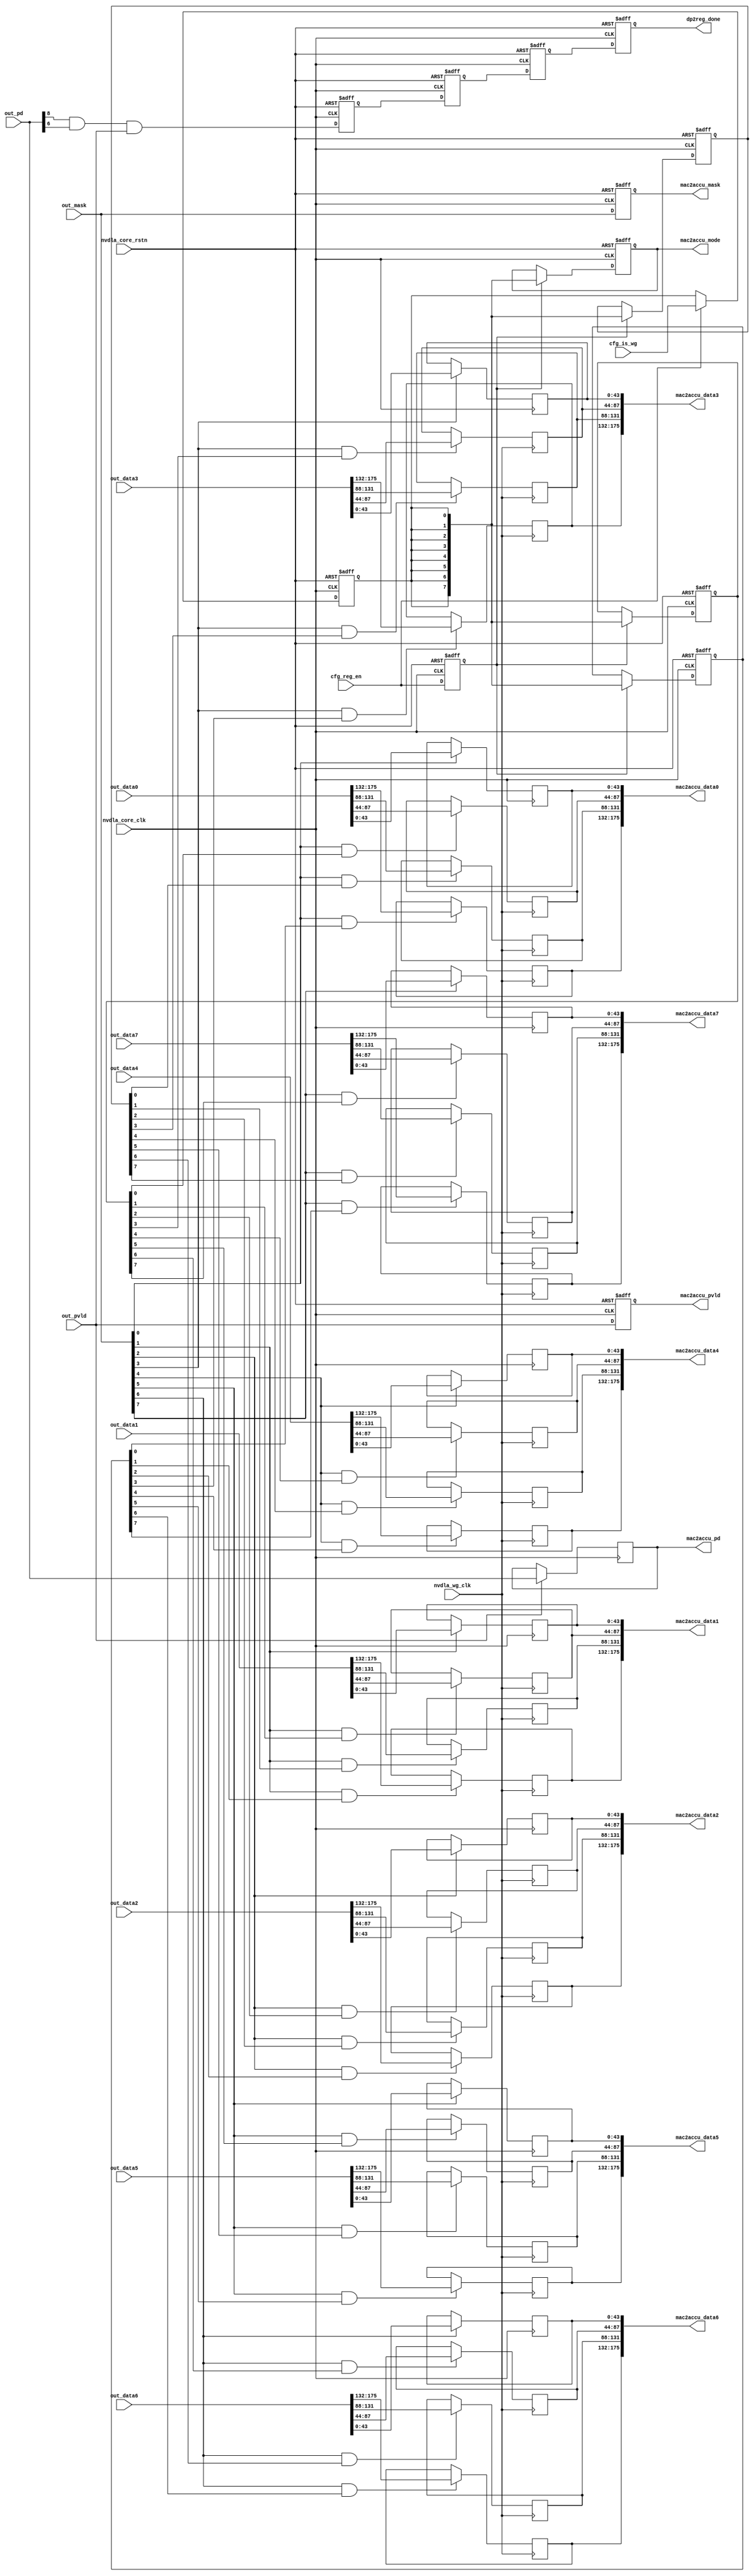
// ================================================================
// NVDLA Open Source Project
//
// Copyright(c) 2016 - 2017 NVIDIA Corporation. Licensed under the
// NVDLA Open Hardware License; Check "LICENSE" which comes with
// this distribution for more information.
// ================================================================
module NV_NVDLA_CMAC_CORE_rt_out (
   nvdla_core_clk
  ,nvdla_wg_clk
  ,nvdla_core_rstn
  ,cfg_is_wg
  ,cfg_reg_en
  ,out_data0
  ,out_data1
  ,out_data2
  ,out_data3
  ,out_data4
  ,out_data5
  ,out_data6
  ,out_data7
  ,out_mask
  ,out_pd
  ,out_pvld
  ,dp2reg_done
  ,mac2accu_data0
  ,mac2accu_data1
  ,mac2accu_data2
  ,mac2accu_data3
  ,mac2accu_data4
  ,mac2accu_data5
  ,mac2accu_data6
  ,mac2accu_data7
  ,mac2accu_mask
  ,mac2accu_mode
  ,mac2accu_pd
  ,mac2accu_pvld
  );
input nvdla_core_clk;
input nvdla_wg_clk;
input nvdla_core_rstn;
input cfg_is_wg;
input cfg_reg_en;
input [175:0] out_data0;
input [175:0] out_data1;
input [175:0] out_data2;
input [175:0] out_data3;
input [175:0] out_data4;
input [175:0] out_data5;
input [175:0] out_data6;
input [175:0] out_data7;
input [7:0] out_mask;
input [8:0] out_pd;
input out_pvld;
output dp2reg_done;
output [175:0] mac2accu_data0;
output [175:0] mac2accu_data1;
output [175:0] mac2accu_data2;
output [175:0] mac2accu_data3;
output [175:0] mac2accu_data4;
output [175:0] mac2accu_data5;
output [175:0] mac2accu_data6;
output [175:0] mac2accu_data7;
output [7:0] mac2accu_mask;
output [7:0] mac2accu_mode;
output [8:0] mac2accu_pd;
output mac2accu_pvld;
wire [7:0] out_dat_en_0;
wire out_rt_done_d0;
reg cfg_is_wg_d1;
reg cfg_reg_en_d1;
reg [175:0] mac2accu_data0;
reg [175:0] mac2accu_data1;
reg [175:0] mac2accu_data2;
reg [175:0] mac2accu_data3;
reg [175:0] mac2accu_data4;
reg [175:0] mac2accu_data5;
reg [175:0] mac2accu_data6;
reg [175:0] mac2accu_data7;
reg [7:0] mac2accu_mask;
reg [7:0] mac2accu_mode;
reg [8:0] mac2accu_pd;
reg mac2accu_pvld;
reg [7:0] out_dat_en_1;
reg [7:0] out_dat_en_2;
reg [7:0] out_dat_en_3;
reg out_layer_done;
reg [175:0] out_rt_data0_d0;
reg [175:0] out_rt_data0_d1;
reg [175:0] out_rt_data1_d0;
reg [175:0] out_rt_data1_d1;
reg [175:0] out_rt_data2_d0;
reg [175:0] out_rt_data2_d1;
reg [175:0] out_rt_data3_d0;
reg [175:0] out_rt_data3_d1;
reg [175:0] out_rt_data4_d0;
reg [175:0] out_rt_data4_d1;
reg [175:0] out_rt_data5_d0;
reg [175:0] out_rt_data5_d1;
reg [175:0] out_rt_data6_d0;
reg [175:0] out_rt_data6_d1;
reg [175:0] out_rt_data7_d0;
reg [175:0] out_rt_data7_d1;
reg out_rt_done_d1;
reg out_rt_done_d2;
reg out_rt_done_d3;
reg out_rt_done_d4;
reg [7:0] out_rt_mask_d0;
reg [7:0] out_rt_mask_d1;
reg [8:0] out_rt_pd_d0;
reg [8:0] out_rt_pd_d1;
reg out_rt_pvld_d0;
reg out_rt_pvld_d1;
// synoff nets
// monitor nets
// debug nets
// tie high nets
// tie low nets
// no connect nets
// not all bits used nets
// todo nets
//==========================================================
// Config logic
//==========================================================
always @(posedge nvdla_core_clk or negedge nvdla_core_rstn) begin
  if (!nvdla_core_rstn) begin
    cfg_reg_en_d1 <= 1'b0;
  end else begin
  cfg_reg_en_d1 <= cfg_reg_en;
  end
end
always @(posedge nvdla_core_clk or negedge nvdla_core_rstn) begin
  if (!nvdla_core_rstn) begin
    cfg_is_wg_d1 <= 1'b0;
  end else begin
  if ((cfg_reg_en) == 1'b1) begin
    cfg_is_wg_d1 <= cfg_is_wg;
// VCS coverage off
  end else if ((cfg_reg_en) == 1'b0) begin
  end else begin
    cfg_is_wg_d1 <= 'bx; // spyglass disable STARC-2.10.1.6 W443 NoWidthInBasedNum-ML -- (Constant containing x or z used, Based number `bx contains an X, Width specification missing for based number)
// VCS coverage on
  end
  end
end
`ifdef SPYGLASS_ASSERT_ON
`else
// spyglass disable_block NoWidthInBasedNum-ML
// spyglass disable_block STARC-2.10.3.2a
// spyglass disable_block STARC05-2.1.3.1
// spyglass disable_block STARC-2.1.4.6
// spyglass disable_block W116
// spyglass disable_block W154
// spyglass disable_block W239
// spyglass disable_block W362
// spyglass disable_block WRN_58
// spyglass disable_block WRN_61
`endif // SPYGLASS_ASSERT_ON
`ifdef ASSERT_ON
`ifdef FV_ASSERT_ON
`define ASSERT_RESET nvdla_core_rstn
`else
`ifdef SYNTHESIS
`define ASSERT_RESET nvdla_core_rstn
`else
`ifdef ASSERT_OFF_RESET_IS_X
`define ASSERT_RESET ((1'bx === nvdla_core_rstn) ? 1'b0 : nvdla_core_rstn)
`else
`define ASSERT_RESET ((1'bx === nvdla_core_rstn) ? 1'b1 : nvdla_core_rstn)
`endif // ASSERT_OFF_RESET_IS_X
`endif // SYNTHESIS
`endif // FV_ASSERT_ON
`ifndef SYNTHESIS
// VCS coverage off
  nv_assert_no_x #(0,1,0,"No X's allowed on control signals") zzz_assert_no_x_1x (nvdla_core_clk, `ASSERT_RESET, 1'd1, (^(cfg_reg_en))); // spyglass disable W504 SelfDeterminedExpr-ML 
// VCS coverage on
`endif
`undef ASSERT_RESET
`endif // ASSERT_ON
`ifdef SPYGLASS_ASSERT_ON
`else
// spyglass enable_block NoWidthInBasedNum-ML
// spyglass enable_block STARC-2.10.3.2a
// spyglass enable_block STARC05-2.1.3.1
// spyglass enable_block STARC-2.1.4.6
// spyglass enable_block W116
// spyglass enable_block W154
// spyglass enable_block W239
// spyglass enable_block W362
// spyglass enable_block WRN_58
// spyglass enable_block WRN_61
`endif // SPYGLASS_ASSERT_ON
assign out_dat_en_0 = {16 /2 {1'b1}};
always @(posedge nvdla_core_clk or negedge nvdla_core_rstn) begin
  if (!nvdla_core_rstn) begin
    out_dat_en_1 <= {8{1'b0}};
  end else begin
  if ((cfg_reg_en_d1) == 1'b1) begin
    out_dat_en_1 <= {8{cfg_is_wg_d1}};
// VCS coverage off
  end else if ((cfg_reg_en_d1) == 1'b0) begin
  end else begin
    out_dat_en_1 <= 'bx; // spyglass disable STARC-2.10.1.6 W443 NoWidthInBasedNum-ML -- (Constant containing x or z used, Based number `bx contains an X, Width specification missing for based number)
// VCS coverage on
  end
  end
end
`ifdef SPYGLASS_ASSERT_ON
`else
// spyglass disable_block NoWidthInBasedNum-ML
// spyglass disable_block STARC-2.10.3.2a
// spyglass disable_block STARC05-2.1.3.1
// spyglass disable_block STARC-2.1.4.6
// spyglass disable_block W116
// spyglass disable_block W154
// spyglass disable_block W239
// spyglass disable_block W362
// spyglass disable_block WRN_58
// spyglass disable_block WRN_61
`endif // SPYGLASS_ASSERT_ON
`ifdef ASSERT_ON
`ifdef FV_ASSERT_ON
`define ASSERT_RESET nvdla_core_rstn
`else
`ifdef SYNTHESIS
`define ASSERT_RESET nvdla_core_rstn
`else
`ifdef ASSERT_OFF_RESET_IS_X
`define ASSERT_RESET ((1'bx === nvdla_core_rstn) ? 1'b0 : nvdla_core_rstn)
`else
`define ASSERT_RESET ((1'bx === nvdla_core_rstn) ? 1'b1 : nvdla_core_rstn)
`endif // ASSERT_OFF_RESET_IS_X
`endif // SYNTHESIS
`endif // FV_ASSERT_ON
`ifndef SYNTHESIS
// VCS coverage off
  nv_assert_no_x #(0,1,0,"No X's allowed on control signals") zzz_assert_no_x_2x (nvdla_core_clk, `ASSERT_RESET, 1'd1, (^(cfg_reg_en_d1))); // spyglass disable W504 SelfDeterminedExpr-ML 
// VCS coverage on
`endif
`undef ASSERT_RESET
`endif // ASSERT_ON
`ifdef SPYGLASS_ASSERT_ON
`else
// spyglass enable_block NoWidthInBasedNum-ML
// spyglass enable_block STARC-2.10.3.2a
// spyglass enable_block STARC05-2.1.3.1
// spyglass enable_block STARC-2.1.4.6
// spyglass enable_block W116
// spyglass enable_block W154
// spyglass enable_block W239
// spyglass enable_block W362
// spyglass enable_block WRN_58
// spyglass enable_block WRN_61
`endif // SPYGLASS_ASSERT_ON
always @(posedge nvdla_core_clk or negedge nvdla_core_rstn) begin
  if (!nvdla_core_rstn) begin
    out_dat_en_2 <= {8{1'b0}};
  end else begin
  if ((cfg_reg_en_d1) == 1'b1) begin
    out_dat_en_2 <= {8{cfg_is_wg_d1}};
// VCS coverage off
  end else if ((cfg_reg_en_d1) == 1'b0) begin
  end else begin
    out_dat_en_2 <= 'bx; // spyglass disable STARC-2.10.1.6 W443 NoWidthInBasedNum-ML -- (Constant containing x or z used, Based number `bx contains an X, Width specification missing for based number)
// VCS coverage on
  end
  end
end
`ifdef SPYGLASS_ASSERT_ON
`else
// spyglass disable_block NoWidthInBasedNum-ML
// spyglass disable_block STARC-2.10.3.2a
// spyglass disable_block STARC05-2.1.3.1
// spyglass disable_block STARC-2.1.4.6
// spyglass disable_block W116
// spyglass disable_block W154
// spyglass disable_block W239
// spyglass disable_block W362
// spyglass disable_block WRN_58
// spyglass disable_block WRN_61
`endif // SPYGLASS_ASSERT_ON
`ifdef ASSERT_ON
`ifdef FV_ASSERT_ON
`define ASSERT_RESET nvdla_core_rstn
`else
`ifdef SYNTHESIS
`define ASSERT_RESET nvdla_core_rstn
`else
`ifdef ASSERT_OFF_RESET_IS_X
`define ASSERT_RESET ((1'bx === nvdla_core_rstn) ? 1'b0 : nvdla_core_rstn)
`else
`define ASSERT_RESET ((1'bx === nvdla_core_rstn) ? 1'b1 : nvdla_core_rstn)
`endif // ASSERT_OFF_RESET_IS_X
`endif // SYNTHESIS
`endif // FV_ASSERT_ON
`ifndef SYNTHESIS
// VCS coverage off
  nv_assert_no_x #(0,1,0,"No X's allowed on control signals") zzz_assert_no_x_3x (nvdla_core_clk, `ASSERT_RESET, 1'd1, (^(cfg_reg_en_d1))); // spyglass disable W504 SelfDeterminedExpr-ML 
// VCS coverage on
`endif
`undef ASSERT_RESET
`endif // ASSERT_ON
`ifdef SPYGLASS_ASSERT_ON
`else
// spyglass enable_block NoWidthInBasedNum-ML
// spyglass enable_block STARC-2.10.3.2a
// spyglass enable_block STARC05-2.1.3.1
// spyglass enable_block STARC-2.1.4.6
// spyglass enable_block W116
// spyglass enable_block W154
// spyglass enable_block W239
// spyglass enable_block W362
// spyglass enable_block WRN_58
// spyglass enable_block WRN_61
`endif // SPYGLASS_ASSERT_ON
always @(posedge nvdla_core_clk or negedge nvdla_core_rstn) begin
  if (!nvdla_core_rstn) begin
    out_dat_en_3 <= {8{1'b0}};
  end else begin
  if ((cfg_reg_en_d1) == 1'b1) begin
    out_dat_en_3 <= {8{cfg_is_wg_d1}};
// VCS coverage off
  end else if ((cfg_reg_en_d1) == 1'b0) begin
  end else begin
    out_dat_en_3 <= 'bx; // spyglass disable STARC-2.10.1.6 W443 NoWidthInBasedNum-ML -- (Constant containing x or z used, Based number `bx contains an X, Width specification missing for based number)
// VCS coverage on
  end
  end
end
`ifdef SPYGLASS_ASSERT_ON
`else
// spyglass disable_block NoWidthInBasedNum-ML
// spyglass disable_block STARC-2.10.3.2a
// spyglass disable_block STARC05-2.1.3.1
// spyglass disable_block STARC-2.1.4.6
// spyglass disable_block W116
// spyglass disable_block W154
// spyglass disable_block W239
// spyglass disable_block W362
// spyglass disable_block WRN_58
// spyglass disable_block WRN_61
`endif // SPYGLASS_ASSERT_ON
`ifdef ASSERT_ON
`ifdef FV_ASSERT_ON
`define ASSERT_RESET nvdla_core_rstn
`else
`ifdef SYNTHESIS
`define ASSERT_RESET nvdla_core_rstn
`else
`ifdef ASSERT_OFF_RESET_IS_X
`define ASSERT_RESET ((1'bx === nvdla_core_rstn) ? 1'b0 : nvdla_core_rstn)
`else
`define ASSERT_RESET ((1'bx === nvdla_core_rstn) ? 1'b1 : nvdla_core_rstn)
`endif // ASSERT_OFF_RESET_IS_X
`endif // SYNTHESIS
`endif // FV_ASSERT_ON
`ifndef SYNTHESIS
// VCS coverage off
  nv_assert_no_x #(0,1,0,"No X's allowed on control signals") zzz_assert_no_x_4x (nvdla_core_clk, `ASSERT_RESET, 1'd1, (^(cfg_reg_en_d1))); // spyglass disable W504 SelfDeterminedExpr-ML 
// VCS coverage on
`endif
`undef ASSERT_RESET
`endif // ASSERT_ON
`ifdef SPYGLASS_ASSERT_ON
`else
// spyglass enable_block NoWidthInBasedNum-ML
// spyglass enable_block STARC-2.10.3.2a
// spyglass enable_block STARC05-2.1.3.1
// spyglass enable_block STARC-2.1.4.6
// spyglass enable_block W116
// spyglass enable_block W154
// spyglass enable_block W239
// spyglass enable_block W362
// spyglass enable_block WRN_58
// spyglass enable_block WRN_61
`endif // SPYGLASS_ASSERT_ON
//==========================================================
// Output retiming
//==========================================================
always @(
  out_pd
  or out_pvld
  ) begin
    out_layer_done = out_pd[8:8] &
                     out_pd[6:6] &
                     out_pvld;
end
always @(
  out_pvld
  or out_mask
  or out_pd
  ) begin
    out_rt_pvld_d0 = out_pvld;
    out_rt_mask_d0 = out_mask;
    out_rt_pd_d0 = out_pd;
end
always @(
  out_data0
  or out_data1
  or out_data2
  or out_data3
  or out_data4
  or out_data5
  or out_data6
  or out_data7
  ) begin
    out_rt_data0_d0 = out_data0;
    out_rt_data1_d0 = out_data1;
    out_rt_data2_d0 = out_data2;
    out_rt_data3_d0 = out_data3;
    out_rt_data4_d0 = out_data4;
    out_rt_data5_d0 = out_data5;
    out_rt_data6_d0 = out_data6;
    out_rt_data7_d0 = out_data7;
end
always @(posedge nvdla_core_clk or negedge nvdla_core_rstn) begin
  if (!nvdla_core_rstn) begin
    out_rt_pvld_d1 <= 1'b0;
  end else begin
  out_rt_pvld_d1 <= out_rt_pvld_d0;
  end
end
always @(posedge nvdla_core_clk or negedge nvdla_core_rstn) begin
  if (!nvdla_core_rstn) begin
    out_rt_mask_d1 <= {8{1'b0}};
  end else begin
  out_rt_mask_d1 <= out_rt_mask_d0;
  end
end
always @(posedge nvdla_core_clk) begin
  if ((out_rt_pvld_d0) == 1'b1) begin
    out_rt_pd_d1 <= out_rt_pd_d0;
// VCS coverage off
  end else if ((out_rt_pvld_d0) == 1'b0) begin
  end else begin
    out_rt_pd_d1 <= 'bx; // spyglass disable STARC-2.10.1.6 W443 NoWidthInBasedNum-ML -- (Constant containing x or z used, Based number `bx contains an X, Width specification missing for based number)
// VCS coverage on
  end
end
always @(posedge nvdla_core_clk) begin
  if ((out_rt_mask_d0[0] & out_dat_en_0[0]) == 1'b1) begin
    out_rt_data0_d1[43:0] <= out_rt_data0_d0[43:0];
// VCS coverage off
  end else if ((out_rt_mask_d0[0] & out_dat_en_0[0]) == 1'b0) begin
  end else begin
    out_rt_data0_d1[43:0] <= 'bx; // spyglass disable STARC-2.10.1.6 W443 NoWidthInBasedNum-ML -- (Constant containing x or z used, Based number `bx contains an X, Width specification missing for based number)
// VCS coverage on
  end
end
always @(posedge nvdla_wg_clk) begin
  if ((out_rt_mask_d0[0] & out_dat_en_1[0]) == 1'b1) begin
    out_rt_data0_d1[87:44] <= out_rt_data0_d0[87:44];
// VCS coverage off
  end else if ((out_rt_mask_d0[0] & out_dat_en_1[0]) == 1'b0) begin
  end else begin
    out_rt_data0_d1[87:44] <= 'bx; // spyglass disable STARC-2.10.1.6 W443 NoWidthInBasedNum-ML -- (Constant containing x or z used, Based number `bx contains an X, Width specification missing for based number)
// VCS coverage on
  end
end
always @(posedge nvdla_wg_clk) begin
  if ((out_rt_mask_d0[0] & out_dat_en_2[0]) == 1'b1) begin
    out_rt_data0_d1[131:88] <= out_rt_data0_d0[131:88];
// VCS coverage off
  end else if ((out_rt_mask_d0[0] & out_dat_en_2[0]) == 1'b0) begin
  end else begin
    out_rt_data0_d1[131:88] <= 'bx; // spyglass disable STARC-2.10.1.6 W443 NoWidthInBasedNum-ML -- (Constant containing x or z used, Based number `bx contains an X, Width specification missing for based number)
// VCS coverage on
  end
end
always @(posedge nvdla_wg_clk) begin
  if ((out_rt_mask_d0[0] & out_dat_en_3[0]) == 1'b1) begin
    out_rt_data0_d1[175:132] <= out_rt_data0_d0[175:132];
// VCS coverage off
  end else if ((out_rt_mask_d0[0] & out_dat_en_3[0]) == 1'b0) begin
  end else begin
    out_rt_data0_d1[175:132] <= 'bx; // spyglass disable STARC-2.10.1.6 W443 NoWidthInBasedNum-ML -- (Constant containing x or z used, Based number `bx contains an X, Width specification missing for based number)
// VCS coverage on
  end
end
always @(posedge nvdla_core_clk) begin
  if ((out_rt_mask_d0[1] & out_dat_en_0[1]) == 1'b1) begin
    out_rt_data1_d1[43:0] <= out_rt_data1_d0[43:0];
// VCS coverage off
  end else if ((out_rt_mask_d0[1] & out_dat_en_0[1]) == 1'b0) begin
  end else begin
    out_rt_data1_d1[43:0] <= 'bx; // spyglass disable STARC-2.10.1.6 W443 NoWidthInBasedNum-ML -- (Constant containing x or z used, Based number `bx contains an X, Width specification missing for based number)
// VCS coverage on
  end
end
always @(posedge nvdla_wg_clk) begin
  if ((out_rt_mask_d0[1] & out_dat_en_1[1]) == 1'b1) begin
    out_rt_data1_d1[87:44] <= out_rt_data1_d0[87:44];
// VCS coverage off
  end else if ((out_rt_mask_d0[1] & out_dat_en_1[1]) == 1'b0) begin
  end else begin
    out_rt_data1_d1[87:44] <= 'bx; // spyglass disable STARC-2.10.1.6 W443 NoWidthInBasedNum-ML -- (Constant containing x or z used, Based number `bx contains an X, Width specification missing for based number)
// VCS coverage on
  end
end
always @(posedge nvdla_wg_clk) begin
  if ((out_rt_mask_d0[1] & out_dat_en_2[1]) == 1'b1) begin
    out_rt_data1_d1[131:88] <= out_rt_data1_d0[131:88];
// VCS coverage off
  end else if ((out_rt_mask_d0[1] & out_dat_en_2[1]) == 1'b0) begin
  end else begin
    out_rt_data1_d1[131:88] <= 'bx; // spyglass disable STARC-2.10.1.6 W443 NoWidthInBasedNum-ML -- (Constant containing x or z used, Based number `bx contains an X, Width specification missing for based number)
// VCS coverage on
  end
end
always @(posedge nvdla_wg_clk) begin
  if ((out_rt_mask_d0[1] & out_dat_en_3[1]) == 1'b1) begin
    out_rt_data1_d1[175:132] <= out_rt_data1_d0[175:132];
// VCS coverage off
  end else if ((out_rt_mask_d0[1] & out_dat_en_3[1]) == 1'b0) begin
  end else begin
    out_rt_data1_d1[175:132] <= 'bx; // spyglass disable STARC-2.10.1.6 W443 NoWidthInBasedNum-ML -- (Constant containing x or z used, Based number `bx contains an X, Width specification missing for based number)
// VCS coverage on
  end
end
always @(posedge nvdla_core_clk) begin
  if ((out_rt_mask_d0[2] & out_dat_en_0[2]) == 1'b1) begin
    out_rt_data2_d1[43:0] <= out_rt_data2_d0[43:0];
// VCS coverage off
  end else if ((out_rt_mask_d0[2] & out_dat_en_0[2]) == 1'b0) begin
  end else begin
    out_rt_data2_d1[43:0] <= 'bx; // spyglass disable STARC-2.10.1.6 W443 NoWidthInBasedNum-ML -- (Constant containing x or z used, Based number `bx contains an X, Width specification missing for based number)
// VCS coverage on
  end
end
always @(posedge nvdla_wg_clk) begin
  if ((out_rt_mask_d0[2] & out_dat_en_1[2]) == 1'b1) begin
    out_rt_data2_d1[87:44] <= out_rt_data2_d0[87:44];
// VCS coverage off
  end else if ((out_rt_mask_d0[2] & out_dat_en_1[2]) == 1'b0) begin
  end else begin
    out_rt_data2_d1[87:44] <= 'bx; // spyglass disable STARC-2.10.1.6 W443 NoWidthInBasedNum-ML -- (Constant containing x or z used, Based number `bx contains an X, Width specification missing for based number)
// VCS coverage on
  end
end
always @(posedge nvdla_wg_clk) begin
  if ((out_rt_mask_d0[2] & out_dat_en_2[2]) == 1'b1) begin
    out_rt_data2_d1[131:88] <= out_rt_data2_d0[131:88];
// VCS coverage off
  end else if ((out_rt_mask_d0[2] & out_dat_en_2[2]) == 1'b0) begin
  end else begin
    out_rt_data2_d1[131:88] <= 'bx; // spyglass disable STARC-2.10.1.6 W443 NoWidthInBasedNum-ML -- (Constant containing x or z used, Based number `bx contains an X, Width specification missing for based number)
// VCS coverage on
  end
end
always @(posedge nvdla_wg_clk) begin
  if ((out_rt_mask_d0[2] & out_dat_en_3[2]) == 1'b1) begin
    out_rt_data2_d1[175:132] <= out_rt_data2_d0[175:132];
// VCS coverage off
  end else if ((out_rt_mask_d0[2] & out_dat_en_3[2]) == 1'b0) begin
  end else begin
    out_rt_data2_d1[175:132] <= 'bx; // spyglass disable STARC-2.10.1.6 W443 NoWidthInBasedNum-ML -- (Constant containing x or z used, Based number `bx contains an X, Width specification missing for based number)
// VCS coverage on
  end
end
always @(posedge nvdla_core_clk) begin
  if ((out_rt_mask_d0[3] & out_dat_en_0[3]) == 1'b1) begin
    out_rt_data3_d1[43:0] <= out_rt_data3_d0[43:0];
// VCS coverage off
  end else if ((out_rt_mask_d0[3] & out_dat_en_0[3]) == 1'b0) begin
  end else begin
    out_rt_data3_d1[43:0] <= 'bx; // spyglass disable STARC-2.10.1.6 W443 NoWidthInBasedNum-ML -- (Constant containing x or z used, Based number `bx contains an X, Width specification missing for based number)
// VCS coverage on
  end
end
always @(posedge nvdla_wg_clk) begin
  if ((out_rt_mask_d0[3] & out_dat_en_1[3]) == 1'b1) begin
    out_rt_data3_d1[87:44] <= out_rt_data3_d0[87:44];
// VCS coverage off
  end else if ((out_rt_mask_d0[3] & out_dat_en_1[3]) == 1'b0) begin
  end else begin
    out_rt_data3_d1[87:44] <= 'bx; // spyglass disable STARC-2.10.1.6 W443 NoWidthInBasedNum-ML -- (Constant containing x or z used, Based number `bx contains an X, Width specification missing for based number)
// VCS coverage on
  end
end
always @(posedge nvdla_wg_clk) begin
  if ((out_rt_mask_d0[3] & out_dat_en_2[3]) == 1'b1) begin
    out_rt_data3_d1[131:88] <= out_rt_data3_d0[131:88];
// VCS coverage off
  end else if ((out_rt_mask_d0[3] & out_dat_en_2[3]) == 1'b0) begin
  end else begin
    out_rt_data3_d1[131:88] <= 'bx; // spyglass disable STARC-2.10.1.6 W443 NoWidthInBasedNum-ML -- (Constant containing x or z used, Based number `bx contains an X, Width specification missing for based number)
// VCS coverage on
  end
end
always @(posedge nvdla_wg_clk) begin
  if ((out_rt_mask_d0[3] & out_dat_en_3[3]) == 1'b1) begin
    out_rt_data3_d1[175:132] <= out_rt_data3_d0[175:132];
// VCS coverage off
  end else if ((out_rt_mask_d0[3] & out_dat_en_3[3]) == 1'b0) begin
  end else begin
    out_rt_data3_d1[175:132] <= 'bx; // spyglass disable STARC-2.10.1.6 W443 NoWidthInBasedNum-ML -- (Constant containing x or z used, Based number `bx contains an X, Width specification missing for based number)
// VCS coverage on
  end
end
always @(posedge nvdla_core_clk) begin
  if ((out_rt_mask_d0[4] & out_dat_en_0[4]) == 1'b1) begin
    out_rt_data4_d1[43:0] <= out_rt_data4_d0[43:0];
// VCS coverage off
  end else if ((out_rt_mask_d0[4] & out_dat_en_0[4]) == 1'b0) begin
  end else begin
    out_rt_data4_d1[43:0] <= 'bx; // spyglass disable STARC-2.10.1.6 W443 NoWidthInBasedNum-ML -- (Constant containing x or z used, Based number `bx contains an X, Width specification missing for based number)
// VCS coverage on
  end
end
always @(posedge nvdla_wg_clk) begin
  if ((out_rt_mask_d0[4] & out_dat_en_1[4]) == 1'b1) begin
    out_rt_data4_d1[87:44] <= out_rt_data4_d0[87:44];
// VCS coverage off
  end else if ((out_rt_mask_d0[4] & out_dat_en_1[4]) == 1'b0) begin
  end else begin
    out_rt_data4_d1[87:44] <= 'bx; // spyglass disable STARC-2.10.1.6 W443 NoWidthInBasedNum-ML -- (Constant containing x or z used, Based number `bx contains an X, Width specification missing for based number)
// VCS coverage on
  end
end
always @(posedge nvdla_wg_clk) begin
  if ((out_rt_mask_d0[4] & out_dat_en_2[4]) == 1'b1) begin
    out_rt_data4_d1[131:88] <= out_rt_data4_d0[131:88];
// VCS coverage off
  end else if ((out_rt_mask_d0[4] & out_dat_en_2[4]) == 1'b0) begin
  end else begin
    out_rt_data4_d1[131:88] <= 'bx; // spyglass disable STARC-2.10.1.6 W443 NoWidthInBasedNum-ML -- (Constant containing x or z used, Based number `bx contains an X, Width specification missing for based number)
// VCS coverage on
  end
end
always @(posedge nvdla_wg_clk) begin
  if ((out_rt_mask_d0[4] & out_dat_en_3[4]) == 1'b1) begin
    out_rt_data4_d1[175:132] <= out_rt_data4_d0[175:132];
// VCS coverage off
  end else if ((out_rt_mask_d0[4] & out_dat_en_3[4]) == 1'b0) begin
  end else begin
    out_rt_data4_d1[175:132] <= 'bx; // spyglass disable STARC-2.10.1.6 W443 NoWidthInBasedNum-ML -- (Constant containing x or z used, Based number `bx contains an X, Width specification missing for based number)
// VCS coverage on
  end
end
always @(posedge nvdla_core_clk) begin
  if ((out_rt_mask_d0[5] & out_dat_en_0[5]) == 1'b1) begin
    out_rt_data5_d1[43:0] <= out_rt_data5_d0[43:0];
// VCS coverage off
  end else if ((out_rt_mask_d0[5] & out_dat_en_0[5]) == 1'b0) begin
  end else begin
    out_rt_data5_d1[43:0] <= 'bx; // spyglass disable STARC-2.10.1.6 W443 NoWidthInBasedNum-ML -- (Constant containing x or z used, Based number `bx contains an X, Width specification missing for based number)
// VCS coverage on
  end
end
always @(posedge nvdla_wg_clk) begin
  if ((out_rt_mask_d0[5] & out_dat_en_1[5]) == 1'b1) begin
    out_rt_data5_d1[87:44] <= out_rt_data5_d0[87:44];
// VCS coverage off
  end else if ((out_rt_mask_d0[5] & out_dat_en_1[5]) == 1'b0) begin
  end else begin
    out_rt_data5_d1[87:44] <= 'bx; // spyglass disable STARC-2.10.1.6 W443 NoWidthInBasedNum-ML -- (Constant containing x or z used, Based number `bx contains an X, Width specification missing for based number)
// VCS coverage on
  end
end
always @(posedge nvdla_wg_clk) begin
  if ((out_rt_mask_d0[5] & out_dat_en_2[5]) == 1'b1) begin
    out_rt_data5_d1[131:88] <= out_rt_data5_d0[131:88];
// VCS coverage off
  end else if ((out_rt_mask_d0[5] & out_dat_en_2[5]) == 1'b0) begin
  end else begin
    out_rt_data5_d1[131:88] <= 'bx; // spyglass disable STARC-2.10.1.6 W443 NoWidthInBasedNum-ML -- (Constant containing x or z used, Based number `bx contains an X, Width specification missing for based number)
// VCS coverage on
  end
end
always @(posedge nvdla_wg_clk) begin
  if ((out_rt_mask_d0[5] & out_dat_en_3[5]) == 1'b1) begin
    out_rt_data5_d1[175:132] <= out_rt_data5_d0[175:132];
// VCS coverage off
  end else if ((out_rt_mask_d0[5] & out_dat_en_3[5]) == 1'b0) begin
  end else begin
    out_rt_data5_d1[175:132] <= 'bx; // spyglass disable STARC-2.10.1.6 W443 NoWidthInBasedNum-ML -- (Constant containing x or z used, Based number `bx contains an X, Width specification missing for based number)
// VCS coverage on
  end
end
always @(posedge nvdla_core_clk) begin
  if ((out_rt_mask_d0[6] & out_dat_en_0[6]) == 1'b1) begin
    out_rt_data6_d1[43:0] <= out_rt_data6_d0[43:0];
// VCS coverage off
  end else if ((out_rt_mask_d0[6] & out_dat_en_0[6]) == 1'b0) begin
  end else begin
    out_rt_data6_d1[43:0] <= 'bx; // spyglass disable STARC-2.10.1.6 W443 NoWidthInBasedNum-ML -- (Constant containing x or z used, Based number `bx contains an X, Width specification missing for based number)
// VCS coverage on
  end
end
always @(posedge nvdla_wg_clk) begin
  if ((out_rt_mask_d0[6] & out_dat_en_1[6]) == 1'b1) begin
    out_rt_data6_d1[87:44] <= out_rt_data6_d0[87:44];
// VCS coverage off
  end else if ((out_rt_mask_d0[6] & out_dat_en_1[6]) == 1'b0) begin
  end else begin
    out_rt_data6_d1[87:44] <= 'bx; // spyglass disable STARC-2.10.1.6 W443 NoWidthInBasedNum-ML -- (Constant containing x or z used, Based number `bx contains an X, Width specification missing for based number)
// VCS coverage on
  end
end
always @(posedge nvdla_wg_clk) begin
  if ((out_rt_mask_d0[6] & out_dat_en_2[6]) == 1'b1) begin
    out_rt_data6_d1[131:88] <= out_rt_data6_d0[131:88];
// VCS coverage off
  end else if ((out_rt_mask_d0[6] & out_dat_en_2[6]) == 1'b0) begin
  end else begin
    out_rt_data6_d1[131:88] <= 'bx; // spyglass disable STARC-2.10.1.6 W443 NoWidthInBasedNum-ML -- (Constant containing x or z used, Based number `bx contains an X, Width specification missing for based number)
// VCS coverage on
  end
end
always @(posedge nvdla_wg_clk) begin
  if ((out_rt_mask_d0[6] & out_dat_en_3[6]) == 1'b1) begin
    out_rt_data6_d1[175:132] <= out_rt_data6_d0[175:132];
// VCS coverage off
  end else if ((out_rt_mask_d0[6] & out_dat_en_3[6]) == 1'b0) begin
  end else begin
    out_rt_data6_d1[175:132] <= 'bx; // spyglass disable STARC-2.10.1.6 W443 NoWidthInBasedNum-ML -- (Constant containing x or z used, Based number `bx contains an X, Width specification missing for based number)
// VCS coverage on
  end
end
always @(posedge nvdla_core_clk) begin
  if ((out_rt_mask_d0[7] & out_dat_en_0[7]) == 1'b1) begin
    out_rt_data7_d1[43:0] <= out_rt_data7_d0[43:0];
// VCS coverage off
  end else if ((out_rt_mask_d0[7] & out_dat_en_0[7]) == 1'b0) begin
  end else begin
    out_rt_data7_d1[43:0] <= 'bx; // spyglass disable STARC-2.10.1.6 W443 NoWidthInBasedNum-ML -- (Constant containing x or z used, Based number `bx contains an X, Width specification missing for based number)
// VCS coverage on
  end
end
always @(posedge nvdla_wg_clk) begin
  if ((out_rt_mask_d0[7] & out_dat_en_1[7]) == 1'b1) begin
    out_rt_data7_d1[87:44] <= out_rt_data7_d0[87:44];
// VCS coverage off
  end else if ((out_rt_mask_d0[7] & out_dat_en_1[7]) == 1'b0) begin
  end else begin
    out_rt_data7_d1[87:44] <= 'bx; // spyglass disable STARC-2.10.1.6 W443 NoWidthInBasedNum-ML -- (Constant containing x or z used, Based number `bx contains an X, Width specification missing for based number)
// VCS coverage on
  end
end
always @(posedge nvdla_wg_clk) begin
  if ((out_rt_mask_d0[7] & out_dat_en_2[7]) == 1'b1) begin
    out_rt_data7_d1[131:88] <= out_rt_data7_d0[131:88];
// VCS coverage off
  end else if ((out_rt_mask_d0[7] & out_dat_en_2[7]) == 1'b0) begin
  end else begin
    out_rt_data7_d1[131:88] <= 'bx; // spyglass disable STARC-2.10.1.6 W443 NoWidthInBasedNum-ML -- (Constant containing x or z used, Based number `bx contains an X, Width specification missing for based number)
// VCS coverage on
  end
end
always @(posedge nvdla_wg_clk) begin
  if ((out_rt_mask_d0[7] & out_dat_en_3[7]) == 1'b1) begin
    out_rt_data7_d1[175:132] <= out_rt_data7_d0[175:132];
// VCS coverage off
  end else if ((out_rt_mask_d0[7] & out_dat_en_3[7]) == 1'b0) begin
  end else begin
    out_rt_data7_d1[175:132] <= 'bx; // spyglass disable STARC-2.10.1.6 W443 NoWidthInBasedNum-ML -- (Constant containing x or z used, Based number `bx contains an X, Width specification missing for based number)
// VCS coverage on
  end
end
always @(
  out_rt_pvld_d1
  or out_rt_mask_d1
  or out_rt_pd_d1
  ) begin
    mac2accu_pvld = out_rt_pvld_d1;
    mac2accu_mask = out_rt_mask_d1;
    mac2accu_pd = out_rt_pd_d1;
end
always @(
  out_rt_data0_d1
  or out_rt_data1_d1
  or out_rt_data2_d1
  or out_rt_data3_d1
  or out_rt_data4_d1
  or out_rt_data5_d1
  or out_rt_data6_d1
  or out_rt_data7_d1
  ) begin
    mac2accu_data0 = out_rt_data0_d1;
    mac2accu_data1 = out_rt_data1_d1;
    mac2accu_data2 = out_rt_data2_d1;
    mac2accu_data3 = out_rt_data3_d1;
    mac2accu_data4 = out_rt_data4_d1;
    mac2accu_data5 = out_rt_data5_d1;
    mac2accu_data6 = out_rt_data6_d1;
    mac2accu_data7 = out_rt_data7_d1;
end
assign out_rt_done_d0 = out_layer_done;
always @(posedge nvdla_core_clk or negedge nvdla_core_rstn) begin
  if (!nvdla_core_rstn) begin
    out_rt_done_d1 <= 1'b0;
  end else begin
  out_rt_done_d1 <= out_rt_done_d0;
  end
end
always @(posedge nvdla_core_clk or negedge nvdla_core_rstn) begin
  if (!nvdla_core_rstn) begin
    out_rt_done_d2 <= 1'b0;
  end else begin
  out_rt_done_d2 <= out_rt_done_d1;
  end
end
always @(posedge nvdla_core_clk or negedge nvdla_core_rstn) begin
  if (!nvdla_core_rstn) begin
    out_rt_done_d3 <= 1'b0;
  end else begin
  out_rt_done_d3 <= out_rt_done_d2;
  end
end
always @(posedge nvdla_core_clk or negedge nvdla_core_rstn) begin
  if (!nvdla_core_rstn) begin
    out_rt_done_d4 <= 1'b0;
  end else begin
  out_rt_done_d4 <= out_rt_done_d3;
  end
end
assign dp2reg_done = out_rt_done_d4;
always @(posedge nvdla_core_clk or negedge nvdla_core_rstn) begin
  if (!nvdla_core_rstn) begin
    mac2accu_mode <= {8{1'b0}};
  end else begin
  if ((cfg_reg_en_d1) == 1'b1) begin
    mac2accu_mode <= {8{cfg_is_wg_d1}};
// VCS coverage off
  end else if ((cfg_reg_en_d1) == 1'b0) begin
  end else begin
    mac2accu_mode <= 'bx; // spyglass disable STARC-2.10.1.6 W443 NoWidthInBasedNum-ML -- (Constant containing x or z used, Based number `bx contains an X, Width specification missing for based number)
// VCS coverage on
  end
  end
end
`ifdef SPYGLASS_ASSERT_ON
`else
// spyglass disable_block NoWidthInBasedNum-ML
// spyglass disable_block STARC-2.10.3.2a
// spyglass disable_block STARC05-2.1.3.1
// spyglass disable_block STARC-2.1.4.6
// spyglass disable_block W116
// spyglass disable_block W154
// spyglass disable_block W239
// spyglass disable_block W362
// spyglass disable_block WRN_58
// spyglass disable_block WRN_61
`endif // SPYGLASS_ASSERT_ON
`ifdef ASSERT_ON
`ifdef FV_ASSERT_ON
`define ASSERT_RESET nvdla_core_rstn
`else
`ifdef SYNTHESIS
`define ASSERT_RESET nvdla_core_rstn
`else
`ifdef ASSERT_OFF_RESET_IS_X
`define ASSERT_RESET ((1'bx === nvdla_core_rstn) ? 1'b0 : nvdla_core_rstn)
`else
`define ASSERT_RESET ((1'bx === nvdla_core_rstn) ? 1'b1 : nvdla_core_rstn)
`endif // ASSERT_OFF_RESET_IS_X
`endif // SYNTHESIS
`endif // FV_ASSERT_ON
`ifndef SYNTHESIS
// VCS coverage off
  nv_assert_no_x #(0,1,0,"No X's allowed on control signals") zzz_assert_no_x_5x (nvdla_core_clk, `ASSERT_RESET, 1'd1, (^(cfg_reg_en_d1))); // spyglass disable W504 SelfDeterminedExpr-ML 
// VCS coverage on
`endif
`undef ASSERT_RESET
`endif // ASSERT_ON
`ifdef SPYGLASS_ASSERT_ON
`else
// spyglass enable_block NoWidthInBasedNum-ML
// spyglass enable_block STARC-2.10.3.2a
// spyglass enable_block STARC05-2.1.3.1
// spyglass enable_block STARC-2.1.4.6
// spyglass enable_block W116
// spyglass enable_block W154
// spyglass enable_block W239
// spyglass enable_block W362
// spyglass enable_block WRN_58
// spyglass enable_block WRN_61
`endif // SPYGLASS_ASSERT_ON
//////////////////////////////////////////////////////////////
///// ecodonors                                          /////
//////////////////////////////////////////////////////////////
// out_rt_mask_d1[1:0]
// out_rt_pd_d1[1:0];
endmodule // NV_NVDLA_CMAC_CORE_rt_out